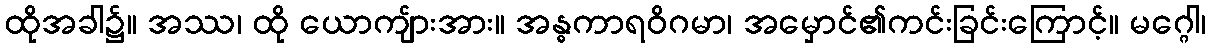
ထိုအခါ၌။ အဿ၊ ထို ယောကျ်ားအား။ အန္ဓကာရဝိဂမာ၊ အမှောင်၏ကင်းခြင်းကြောင့်။ မဂ္ဂေါ၊